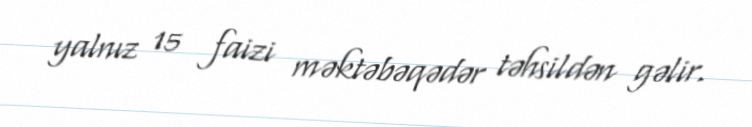
yalnız 15 faizi məktəbəqədər təhsildən gəlir.